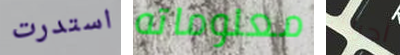
استدرت معلوماته أحرك